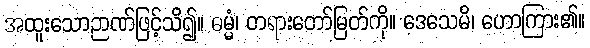
အထူးသောဉာဏ်ဖြင့်သိ၍။ ဓမ္မံ၊ တရားတော်မြတ်ကို။ ဒေသေမိ၊ ဟောကြား၏။